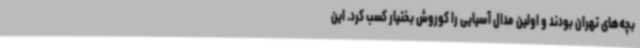
بچه‌های تهران بودند و اولین مدال آسیایی را کوروش بختیار کسب کرد. این